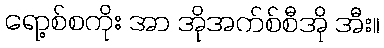
ရော့စ်စကိုး အာ အိုအက်စ်စီအို အီး။